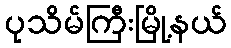
ပုသိမ်ကြီးမြို့နယ်